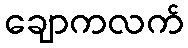
ချောကလက်